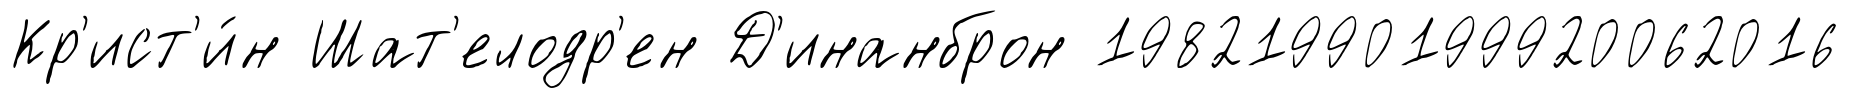
Кр'ист'и́н Шат'елодр'ен Д'инанброн 19821990199920062016